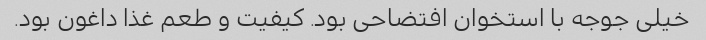
خیلی جوجه با استخوان افتضاحی بود. کیفیت و طعم غذا داغون بود.